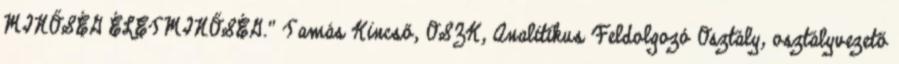
MINŐSÉG ÉLETMINŐSÉG." Tamás Kincső, OSZK, Analitikus Feldolgozó Osztály, osztályvezető